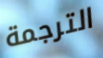
الترجمة